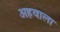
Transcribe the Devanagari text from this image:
अहवाला